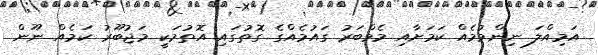
އަމިއްލަ ނިންމުމެއް ކަމަށާއި މެމްބަރު ގައުމެއްގެ ގޮތުގައި އޮތުމަކީ މަޖުބޫރު ކަމެއް ނޫން